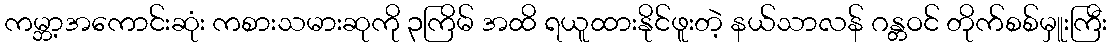
ကမ္ဘာ့အကောင်းဆုံး ကစားသမားဆုကို ၃ကြိမ် အထိ ရယူထားနိုင်ဖူးတဲ့ နယ်သာလန် ဂန္တဝင် တိုက်စစ်မှူးကြီး